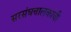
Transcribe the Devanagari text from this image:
सरसंघचालकांची